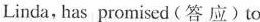
Linda, has promised (答 应)to